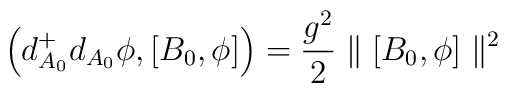
\left(d^+_{A_0}d_{A_0}\phi, [B_0,\phi]\right)={g^2\over 2}\parallel [B_0,\phi]\parallel ^2